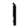
Digit: 1